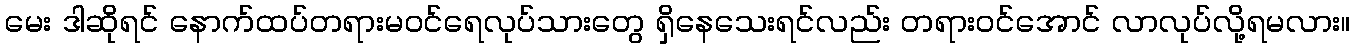
မေး ဒါဆိုရင် နောက်ထပ်တရားမဝင်ရေလုပ်သားတွေ ရှိနေသေးရင်လည်း တရားဝင်အောင် လာလုပ်လို့ရမလား။